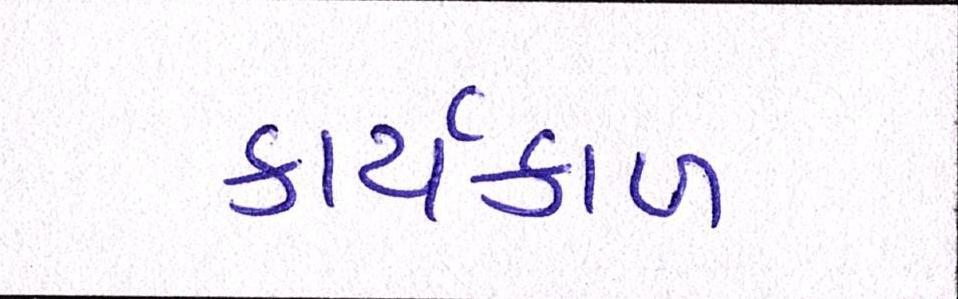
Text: કાર્યકાળ